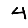
Digit: 4